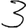
Digit: 3